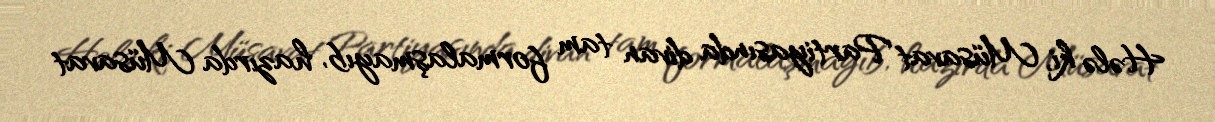
Hələ ki, Müsavat Partiyasında divan tam formalaşmayıb, hazırda Müsavat